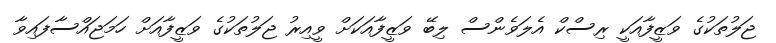
ޖަލުތަކުގެ ވަޒީފާއަކީ ރިސްކް އެލަވެންސް ލިބޭ ވަޒީފާއަކަށް ވީއިރު ޖަލުތަކުގެ ވަޒީފާއަށް ހަމަޖައްސާފައިވާ